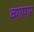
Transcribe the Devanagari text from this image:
व्यापार